Lunatic asylums Central Provinces reports 1910-1926 - 1910-1926
Year: 1910
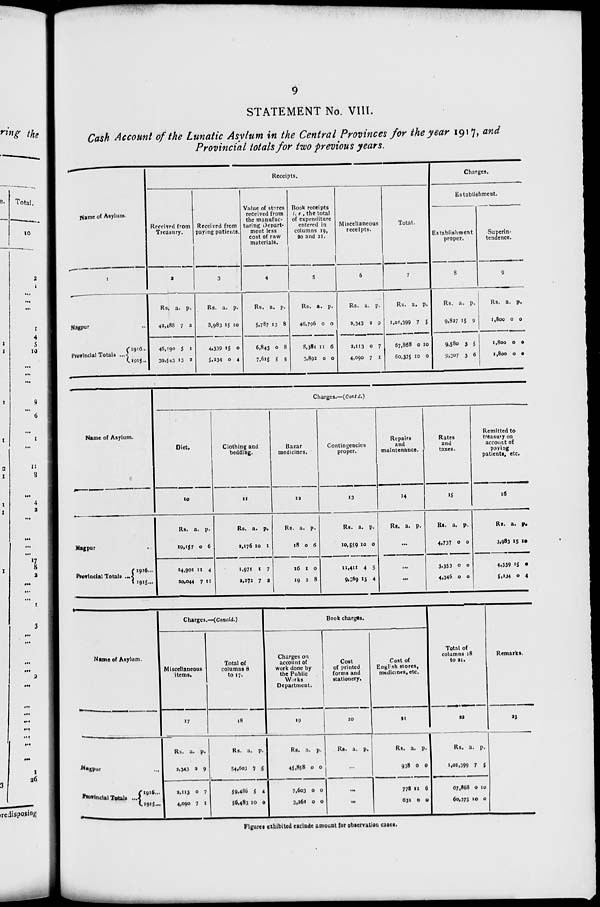
9
STATEMENT No. VIII.
Cash Account of the Lunatic Asylum in the Central Provinces for the year 1917, and
Provincial totals for two previous years.
Name of Asylum.
1
Nagpur ...
Provincial Totals ...
1916 ...
1915 ...
Receipts.
Received from
Treasury.
2
Rs.
42,488
46,190
39,543
a.
7
5
13
p.
2
1
2
Received from
paying patients.
3
Rs.
3,983
4,339
5,234
a.
15
15
0
p.
10
0
4
Value of stores
received from
the manufac-
turing depart-
ment less
cost of raw
materials.
4
Rs.
5,787
6,843
7,615
a.
13
0
5
p.
8
8
5
Book receipts
i. e , the total
of expenditure
entered in
columns 19,
20 and 21.
5
Rs.
46,796
8,381
3,892
a.
0
11
0
p.
0
6
0
Miscellaneous
receipts.
6
Rs.
2,343
2,113
4,090
a.
2
0
7
p.
9
7
1
Total.
7
Rs.
1,01,399
67,868
60,375
a.
7
0
10
p.
5
10
0
Charges.
Establishment.
Establishment
proper.
8
Rs.
9,827
9,580
9,307
a.
15
3
3
p.
9
5
6
Superin-
tendence.
9
Rs.
1,800
1,800
1,800
a.
0
0
0
p.
0
0
0
Name of Asylum.
Nagpur ...
Provincial Totals ...
1916...
1915...
Charges.—(Contd.)
Diet.
10
Rs.
19,157
24,901
20,044
a.
0
11
7
p.
6
4
11
Clothing and
bedding.
11
Rs.
2,176
1,971
2,272
a.
10
1
7
p.
1
7
2
Bazar
medicines.
12
Rs.
18
16
19
a.
0
1
2
p.
6
0
8
Contingencies
proper.
13
Rs.
10,559
11,411
9,369
a.
10
4
13
p.
0
5
4
Repairs
and
maintenance.
14
Rs.
a. p.
...
...
...
Rates
and
taxes.
15
Rs.
4,737
3,353
4,346
a.
0
0
0
p.
0
0
0
Remitted to
treasury on
account of
paying
patients, etc.
16
Rs.
3,983
4,339
5,234
a.
15
15
0
p.
10
0
4
Name of Asylum.
Nagpur ...
Provincial Totals ... 1916 ...
1915 ...
Charges.—(Concld.)
Miscellaneous
items.
17
Rs.
2,343
2,113
4,090
a.
2
0
7
p.
9
7
1
Total of
columns 8
to 17.
18
Rs.
54,603
59,486
56,483
a.
7
5
10
p.
5
4
0
Book charges.
Charges on
account of
work done by
the Public
Works
Department.
19
Rs.
45,858
7,603
3,261
a.
0
0
0
p.
0
0
0
Cost
of printed
forms and
stationery.
20
Rs. a. p.
...
...
...
Cost of
English stores,
medicines, etc.
21
Rs.
938
778
631
a.
0
11
0
p.
0
6
0
Total of
columns 18
to 21.
22
Rs.
1,01,399
67,868
60,375
a.
7
0
10
p.
5
10
0
Remarks.
23
Figures exhibited exclude amount for observation cases.